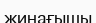
жинағышы